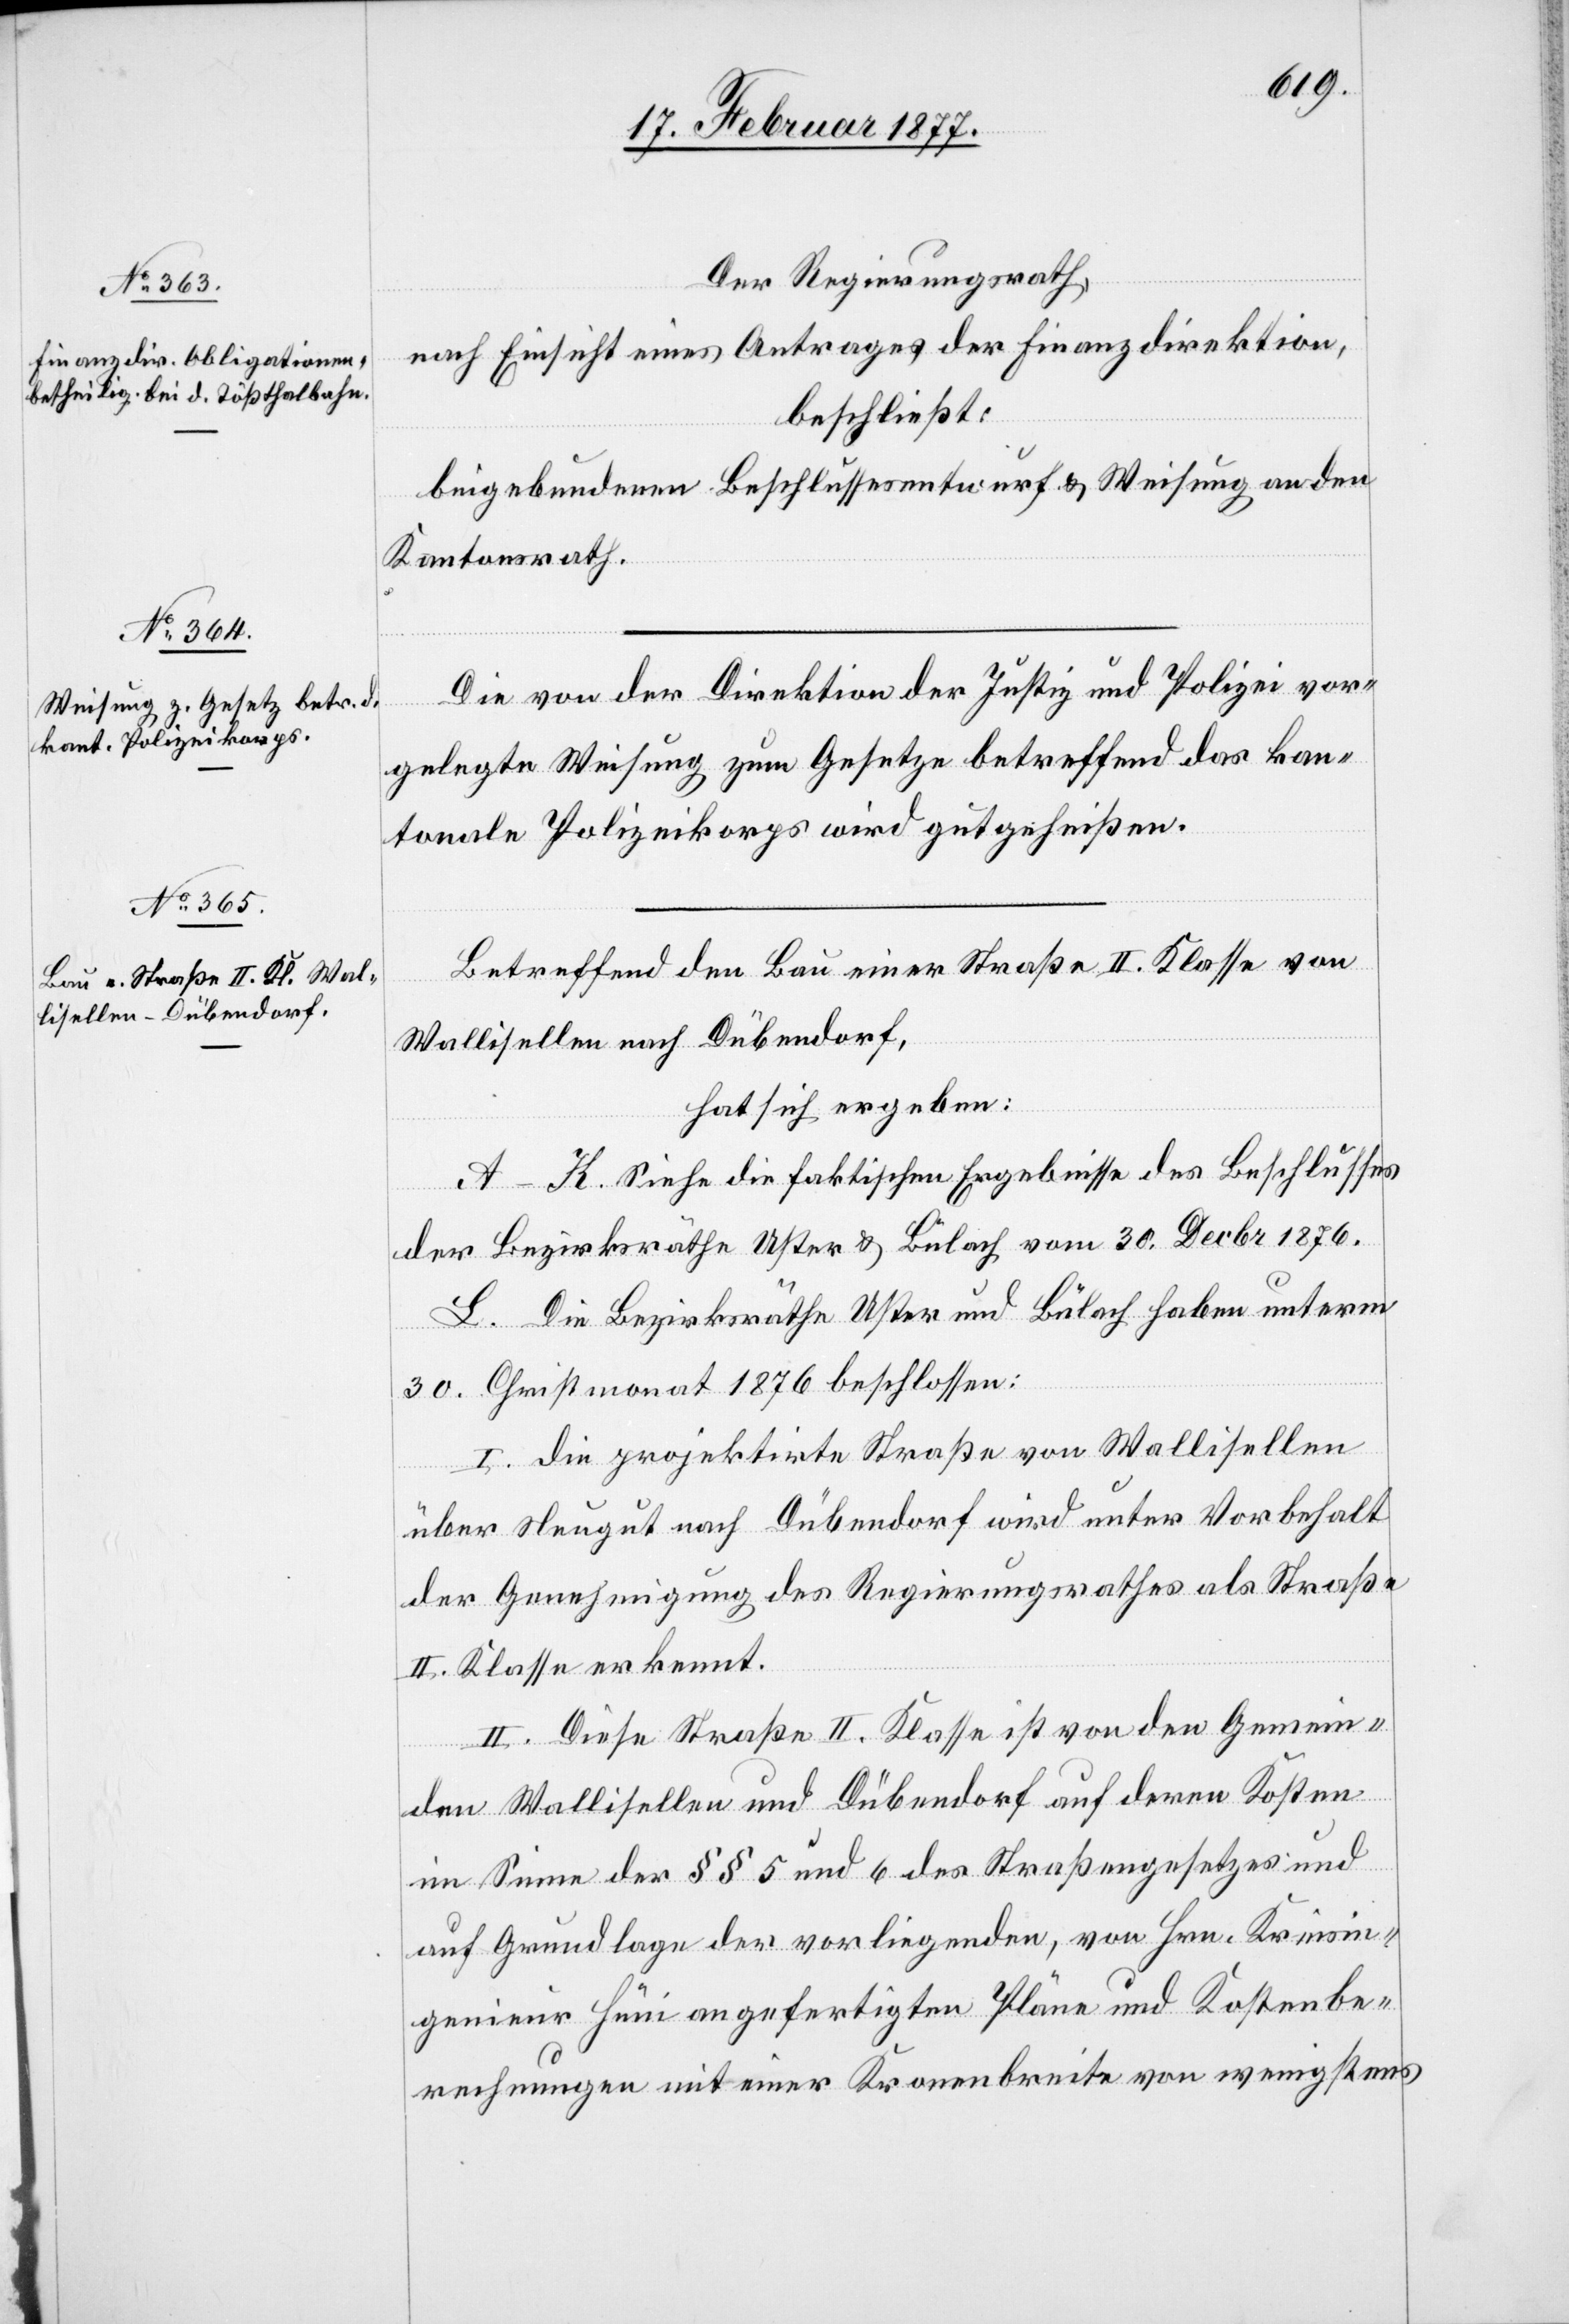
Der Regierungsrath,
nach Einsicht eines Antrages der Direktion Finanzdirektion,
beschließt:
beigebundenen Beschlussesentwurf & Weisung an den
Kantonsrath.
Die von der Direktion der Justiz und Polizei vor¬
gelegte Weisung zum Gesetze betreffend das kan¬
tonale Polizeikorps wird gutgeheißen.
Betreffend den Bau einer Straße II. Klasse von
Wallisellen nach Dübendorf,
hat sich ergeben:
A–K. Siehe die faktischen Ergebnisse des Beschlusses
der Bezirksräthe Uster & Bülach vom 30. Decbr. 1876.
L. Die Bezirksräthe Uster und Bülach haben unterm
30. Christmonat 1876 beschlossen:
I. Die projektirte Straße von Wallisellen
über Neugut nach Dübendorf wird unter Vorbehalt
der Genehmigung des Regierungsrathes als Straße
II. Klasse erkennt
II. Diese Straße II. Klasse ist von den Gemein¬
den Wallisellen und Dübendorf auf deren Kosten
im Sinne der §§ 5 und 6 des Straßengesetzes und
auf Grundlage der vorliegenden, von Hrn. Kreisin¬
genieur Hüni angefertigten Pläne und Kostenbe¬
rechnungen mit einer Kronenbreite von wenigstens